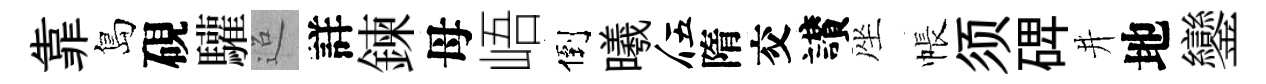
靠島硯驩迢詳鍊母峿倒曦伍隋交讃座帳须𥓓井地鑾